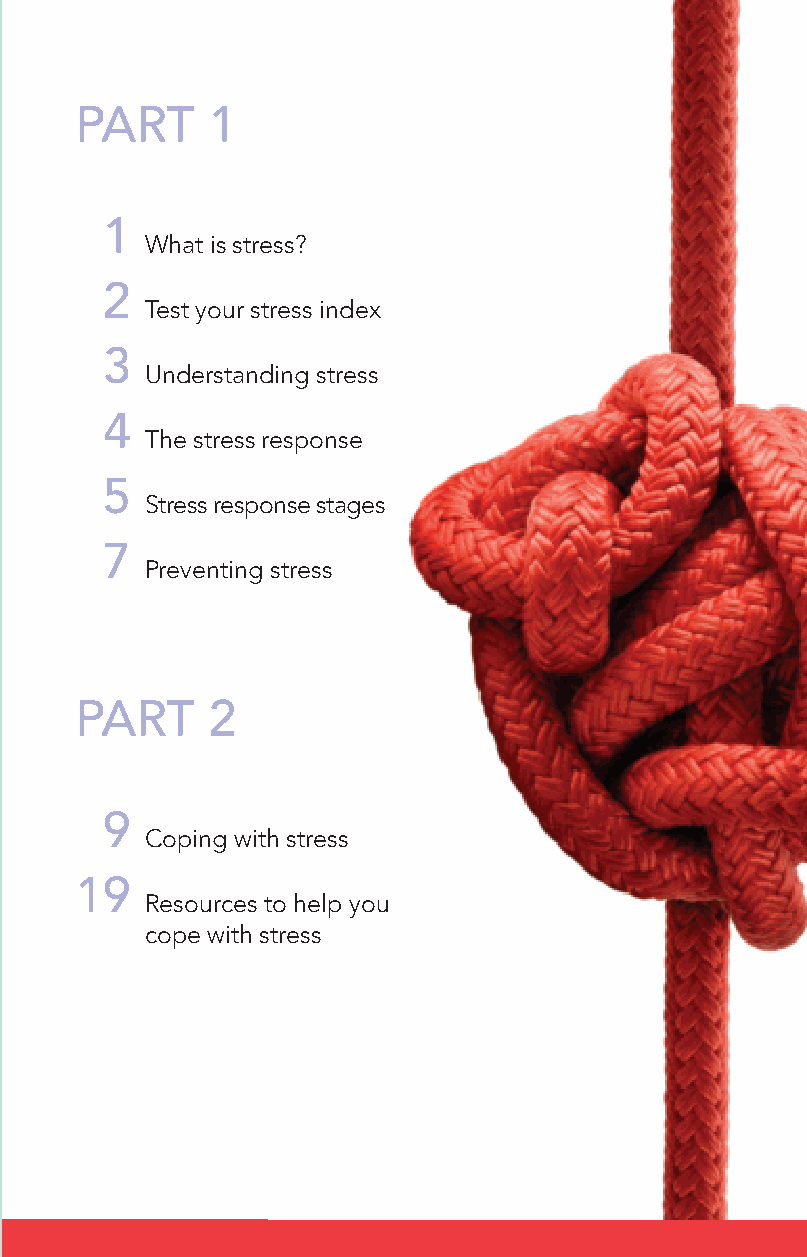
i
 PART     1
 1
 What is stress?
 2
 Test your stress index
 3
 Understanding stress
 4
 The stress response
 5
 Stress response stages
 7
 Preventing stress
 PART     2
 9
 Coping with stress
 19
 Resources to help you
 cope with stress
 DA_HSFCcoping-Englishresized.indd 1      4/19/10 1:09:02 PM